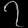
Digit: ၇